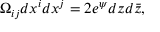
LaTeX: \Omega _ { i j } d x ^ { i } d x ^ { j } = 2 e ^ { \psi } d z d \bar { z } ,